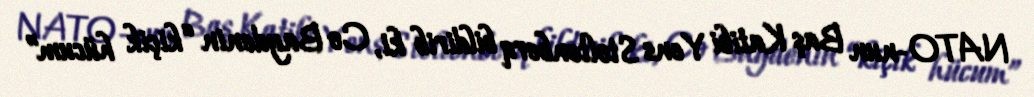
NATO-nun Baş Katibi Yens Stoltenberq bildirib ki, Co Baydenin “kiçik hücum”